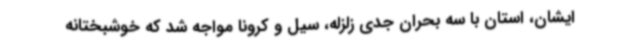
ایشان، استان با سه بحران جدی زلزله، سیل و کرونا مواجه شد که خوشبختانه